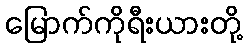
မြောက်ကိုရီးယားတို့